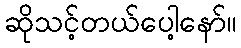
ဆိုသင့်တယ်ပေါ့နော်။